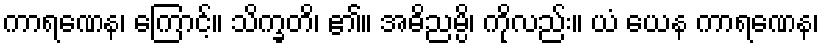
ကာရဏေန၊ ကြောင့်။ သိက္ခတိ၊ ၏။ အဓိညမ္ပိ၊ ကိုလည်း။ ယံ ယေန ကာရဏေန၊